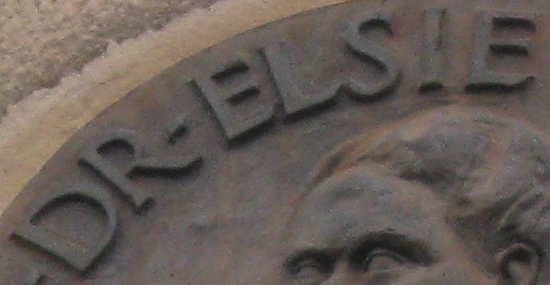
DR-ELSIE